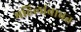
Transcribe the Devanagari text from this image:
महिलांबाबत